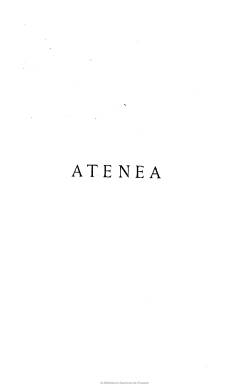
Título: Atenea (Madrid. 1916)
Colección: Cultura
Ámbito geográfico: Madrid
Lugar de publicación: Madrid
Fechas: 01/01/1916-31/12/1916

Extraordinaria revista que da cuenta de la producción artística española -y también extranjera- en el campo de la música, el teatro, la pintura, la literatura, la poesía, la bibliofilia, el arte tipográfico o el escenográfico, a través de la crítica, la crónica, el ensayo, la traducción y el dibujo y el grabado, y que resulta prácticamente desconocida de la hemerografía española. Aunque forma un tomo con paginación continuada, sus 396 páginas suponen entregas de doce fascículos de 32 páginas cada uno que, casi con toda probabilidad, aparecieron con una periodicidad mensual de la madrileña Imprenta Clásica Española, durante el año 1916. Su estampación es de una gran pulcritud llevada a cabo a dos tintas y compuesta, generalmente, a una columna, con dibujos y grabados, pues su subtítulo es el de “revista ilustrada”. Además reproduce otras obras artísticas o facsímiles. Cada número está estructurado en las secciones de Crítica, Varia y Crónica.

Se desconoce quien la dirigiera, pero a tenor de lo que se indica en su artículo de presentación, es fundada y editada por un grupo de críticos, apareciendo el historiador y catedrático Rafael Doménech y Gallisá (1874-1929) como uno de sus principales redactores, con estudios sobre la composición y decoración de la producción libresca o sobre la escenografía y coreografía. Entre los autores de sus ilustraciones aparece Francisco Pérez-Dolz (1887-1958), que firma la ilustración de la portada, así como Roberto Anning Bell, Walter Crane, Alberto Durero y W. Heath Robinson, entre otros.

Entre las firmas de sus textos aparecen, entre otras muchas, las del crítico musical Enrique González Gomá (1889-1977), así como las de Álvaro Alfar, Emilio Alonso, Manuel Abril o la del músico Felipe Pedrell (1841-1922). Aparecen asimismo textos de Shelley, Allan Poe o Shakespeare, traducidos por Carlos G. Espresati; un epistolario de los pensadores anglosajones Carlyle y Emerson, traducido por Fernando Izquierdo; comentarios líricos a la obra de Juan Ramón Jiménez y de Rubén Darío, o crónicas de la Orquesta Filarmónica y del Orfeón donostiarra. También da cuenta del homenaje al pintor postimpresionista Hermenegildo Anglada Camarasa (1871-1959). Entre las firmas de sus textos aparecen también dos que denotan que son seudónimos: Eusebius y Oberón.

Al comienzo del tomo incluye índices de artículos, autores e ilustradores.